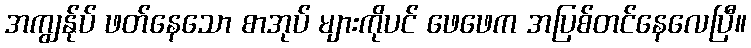
အကျွန်ုပ် ဖတ်နေသော စာအုပ် များကိုပင် ဖေဖေက အပြစ်တင်နေလေပြီ။